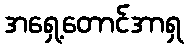
အရှေ့တောင်အာရှ